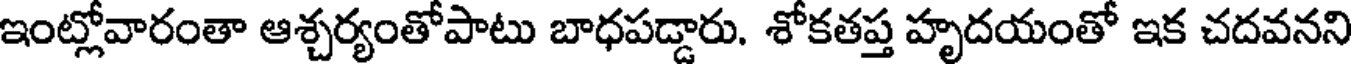
ఇంట్లోవారంతా ఆశ్చర్యంతోపాటు బాధపడ్డారు. శోకతప్త హృదయంతో ఇక చదవనని